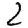
Digit: 2